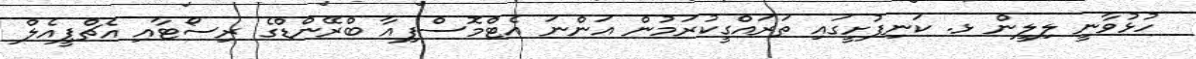
ހުޅުވާނީ ލިލީން ޅ. ކަނިފުށީގައި ތަރައްގީކުރަމުން އަންނަ އެޓްމޮސްފިއާ ބްރޭންޑްގެ ރިސޯޓާއި އެޗްޕީއެލް